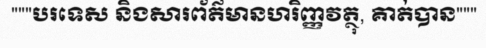
"""បរទេស និងសារព័ត៌មានហរិញ្ញវត្ថុ, គាត់បាន"""